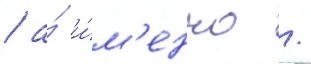
/ а́ и́м'енно /